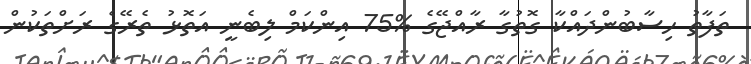
ތަފާތު ހިސާބުންދައްކާ ގޮތުގާ ރާއްޖޭގެ %75 އިންކަމް ލިބެނީ އަތޮޅު ތެރޭގެ ރަށްތަކުން